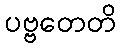
ပဗ္ဗတေတိ